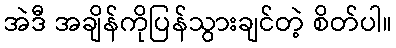
အဲဒီ အချိန်ကိုပြန်သွားချင်တဲ့ စိတ်ပါ။